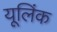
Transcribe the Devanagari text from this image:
यूलिंक